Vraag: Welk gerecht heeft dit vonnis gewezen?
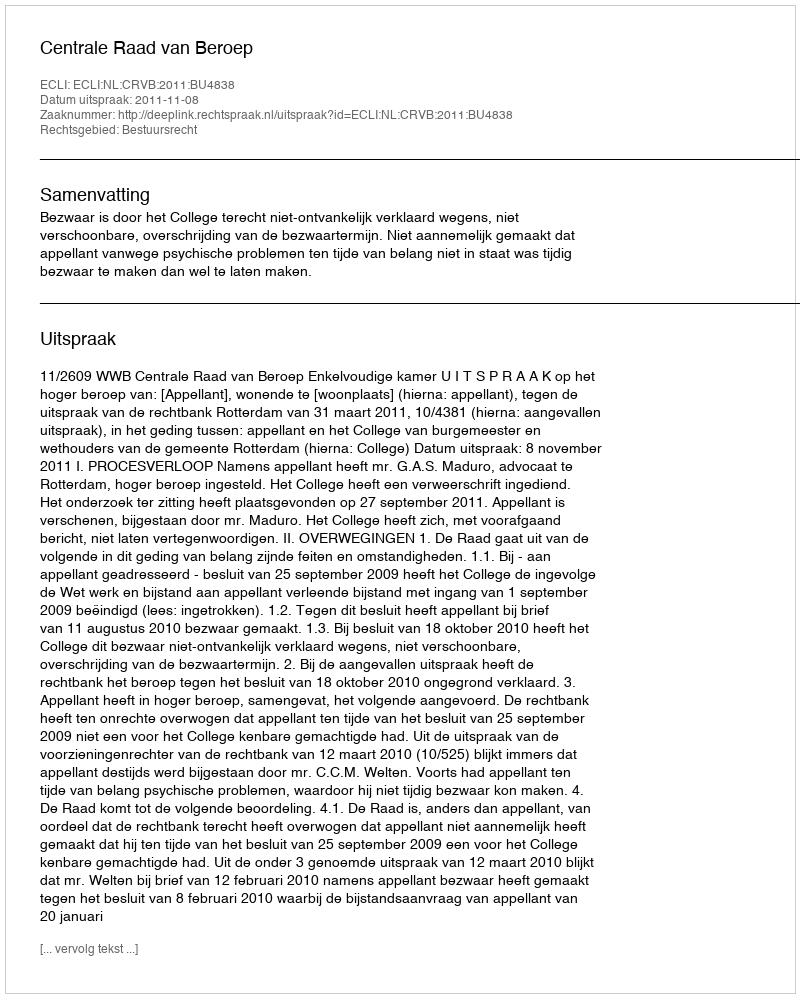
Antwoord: Centrale Raad van Beroep